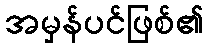
အမှန်ပင်ဖြစ်၏